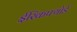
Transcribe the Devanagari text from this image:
ईरिकफ्योर्ड